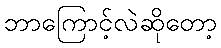
ဘာကြောင့်လဲဆိုတော့